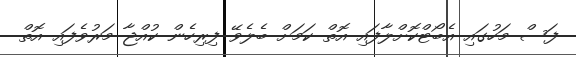
ފަސް މަހުގައި އެބޯޓްކޮށްލާފައި އޮތް ކަމަށް ބެލެވޭ ފިރިހެން ކުއްޖާ މަރުވެފައި އޮތް